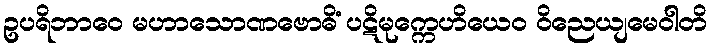
ဥပရိဘာဝေ မဟာသောဏဗောဓိံ ပဋိမုက္ကေဟိယေဝ ဝိညေယျမေဝါတိ